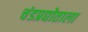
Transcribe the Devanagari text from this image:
चंडप्रद्योताला